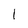
Character: 1